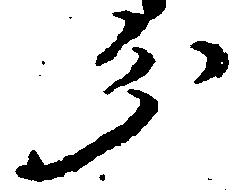
分